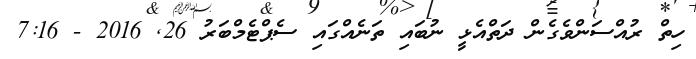
ހިތް ރުއްސަންވެގެން ދަތްއެޅީ ނުބައި ތަނެއްގައި ސެޕްޓެމްބަރު 26